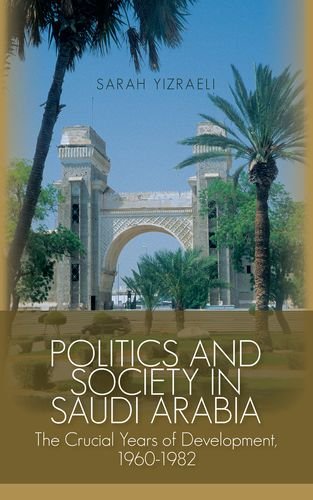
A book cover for Politics and Society in Saudi Arabia: The Crucial Years of Development, 1960-1982; Sarah Yizraeli; History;